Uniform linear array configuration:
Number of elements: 32
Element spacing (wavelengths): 0.25
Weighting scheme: binomial
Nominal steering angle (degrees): -15
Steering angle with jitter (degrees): -15.75
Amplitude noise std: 0.05
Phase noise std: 0.05

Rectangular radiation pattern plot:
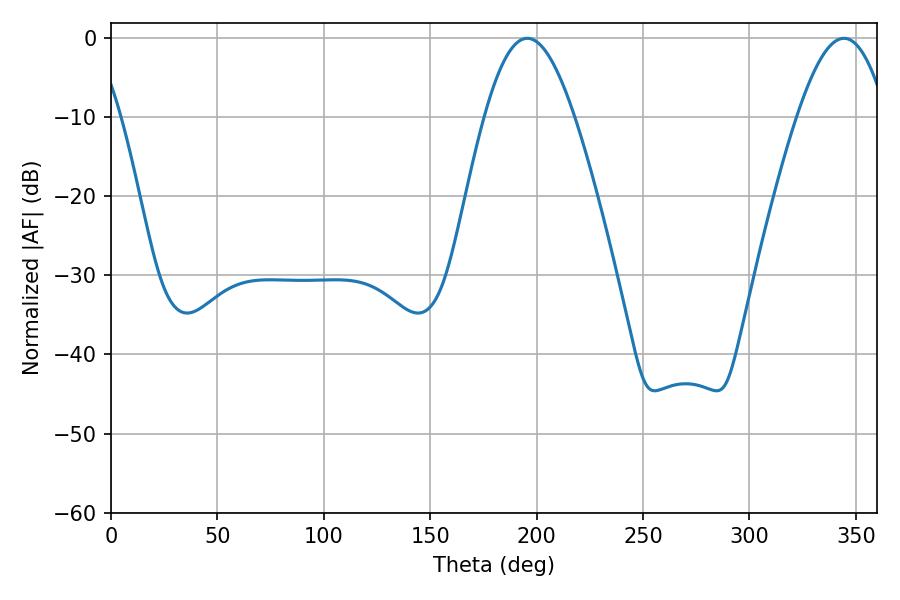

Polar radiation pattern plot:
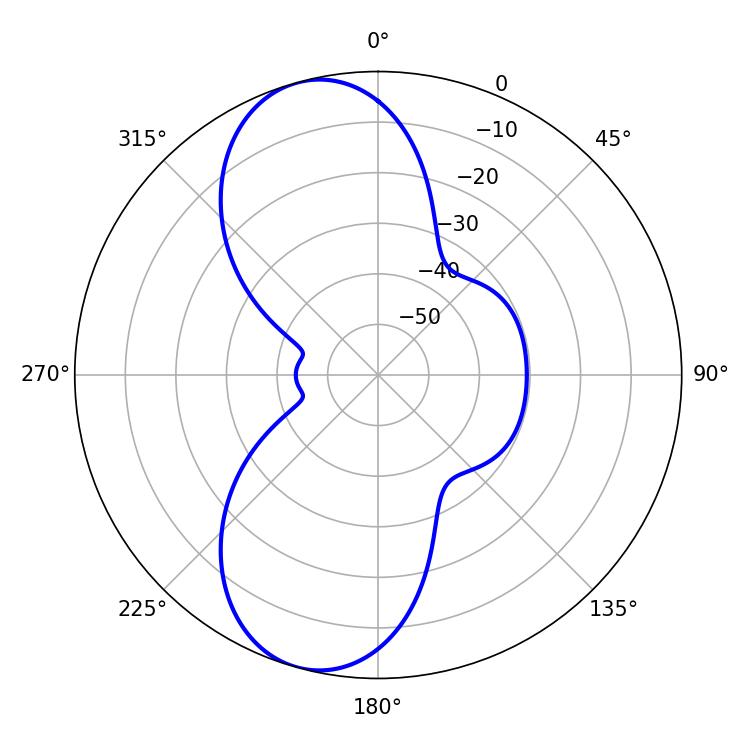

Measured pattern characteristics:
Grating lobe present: FALSE
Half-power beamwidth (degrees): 22.86
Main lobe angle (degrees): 195.66